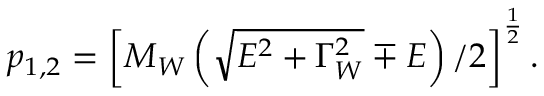
p _ { 1 , 2 } = \left[ M _ { W } \left( \sqrt { E ^ { 2 } + \Gamma _ { W } ^ { 2 } } \mp E \right) / 2 \right] ^ { \frac { 1 } { 2 } } .